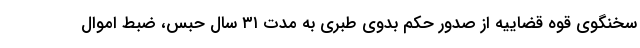
سخنگوی قوه قضاییه از صدور حکم بدوی طبری به مدت ۳۱ سال حبس، ضبط اموال